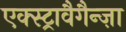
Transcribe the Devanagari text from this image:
एक्स्ट्रावैगैन्ज़ा